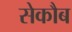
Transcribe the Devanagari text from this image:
सेकौब